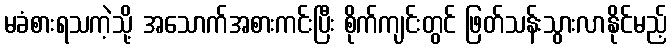
မခံစားရသကဲ့သို့ အသောက်အစားကင်းပြီး စိုက်ကျင်းတွင် ဖြတ်သန်းသွားလာနိုင်မည့်